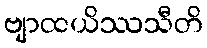
ဗျာထယိဿသီတိ